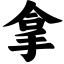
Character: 拿